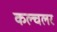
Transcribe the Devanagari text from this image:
कल्चलर